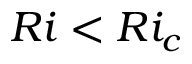
R i < R i _ { c }